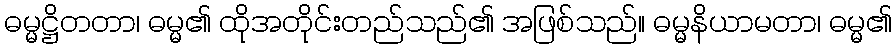
ဓမ္မဋ္ဌိတတာ၊ ဓမ္မ၏ ထိုအတိုင်းတည်သည်၏ အဖြစ်သည်။ ဓမ္မနိယာမတာ၊ ဓမ္မ၏